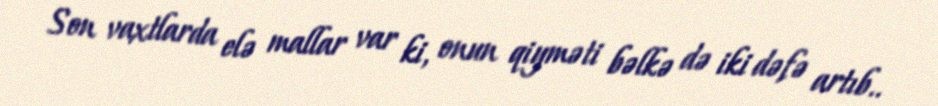
Son vaxtlarda elə mallar var ki, onun qiyməti bəlkə də iki dəfə artıb..